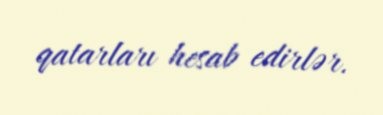
qatarları hesab edirlər.